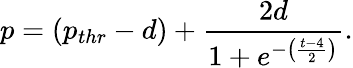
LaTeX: p=(p_{thr}-d)+\frac{2d}{1+e^{-\left(\frac{t-4}{2}\right)}}.